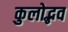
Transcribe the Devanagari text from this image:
कुलोद्भव